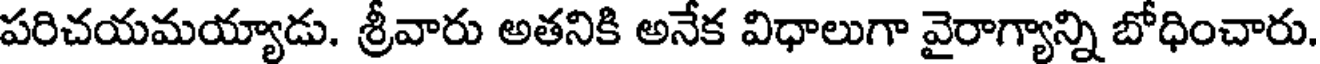
పరిచయమయ్యాడు. శ్రీవారు అతనికి అనేక విధాలుగా వైరాగ్యాన్ని బోధించారు